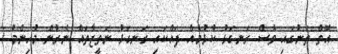
އޮތް ތަނުގައި ވެސް ރަނގަޅު ކުޅުމެއް ދައްކައި ރަނގަޅު ނަތީޖާތައް ނެރުން މުހިންމު